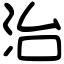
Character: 治